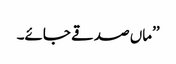
’’ماں صدقے جائے۔